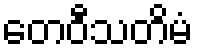
တေဝီသတိမံ